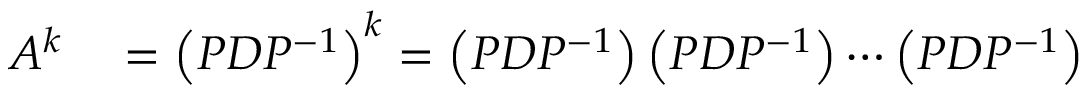
\begin{array} { r l } { A ^ { k } } & { { } = \left( P D P ^ { - 1 } \right) ^ { k } = \left( P D P ^ { - 1 } \right) \left( P D P ^ { - 1 } \right) \cdots \left( P D P ^ { - 1 } \right) } \end{array}